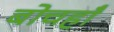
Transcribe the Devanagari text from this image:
बोचहाँ